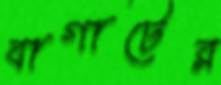
বাগাটের